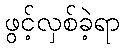
ဖွင့်လှစ်ခဲ့ရာ